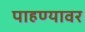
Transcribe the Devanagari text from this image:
पाहण्यावर